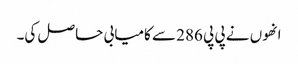
انھوں نے پی پی 286 سے کامیابی حاصل کی۔